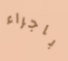
باجراء